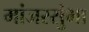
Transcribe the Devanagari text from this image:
मांजरसुंभा